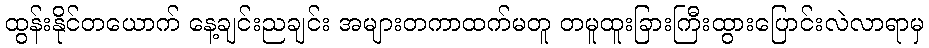
ထွန်းနိုင်တယောက် နေ့ချင်းညချင်း အများတကာထက်မတူ တမူထူးခြားကြီးထွားပြောင်းလဲလာရာမှ